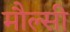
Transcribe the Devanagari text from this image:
मौल्सी